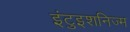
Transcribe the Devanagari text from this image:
इंटुइशनिज्म